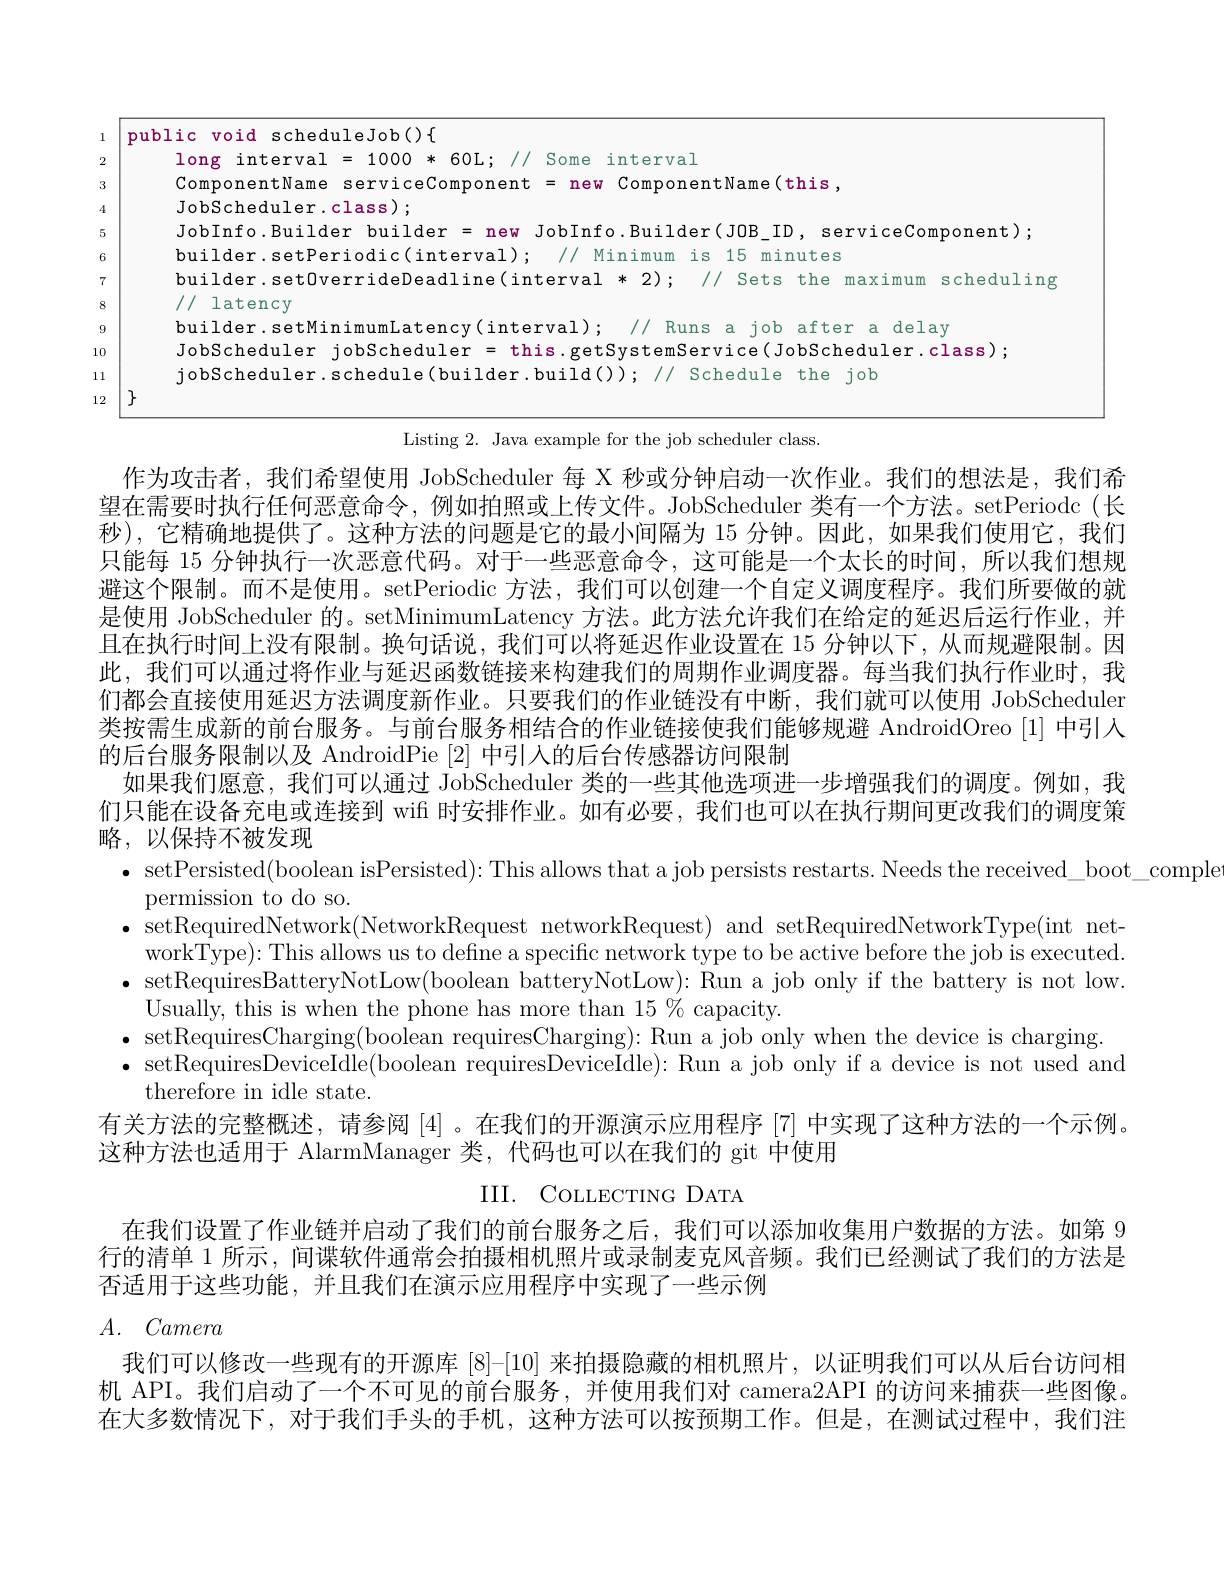
1

2

3

4

5

<table>
	<tbody>
		<tr>
			<td>pub</td>
			<td>void d scheduleJob() \{</td>
		</tr>
		<tr>
			<td> </td>
			<td>P interval = 1000 1 $60T$ Some $interva]$</td>
		</tr>
		<tr>
			<td> </td>
			<td>TAnentina new ComonentName(this</td>
		</tr>
		<tr>
			<td> </td>
			<td>$Scheduler.class);$</td>
		</tr>
		<tr>
			<td> </td>
			<td>Info.Builder - builder new $\frac{1}{2}$ JobInfo.Builder(JOBTD. service(omnonent)</td>
		</tr>
		<tr>
			<td> </td>
			<td>$1der$ dic(interval) Minim11m $1h$ minutes</td>
		</tr>
		<tr>
			<td> </td>
			<td> </td>
		</tr>
		<tr>
			<td> </td>
			<td>latency</td>
		</tr>
		<tr>
			<td> </td>
			<td>atter delat</td>
		</tr>
		<tr>
			<td> </td>
			<td>Scheduler ahschedmler cel lahsch .class)</td>
		</tr>
		<tr>
			<td> </td>
			<td>ild/1 chod11 c $\dot{7}0$</td>
		</tr>
		<tr>
			<td> </td>
			<td> </td>
		</tr>
	</tbody>
</table>

7

10

11

12

Listing 2. Java example for the job scheduler class.
作为攻击者，我们希望使用 JobScheduler 每 X 秒或分钟启动一次作业。我们的想法是，我们希望在需要时执行任何恶意命令，例如拍照或上传文件。JobScheduler 类有一个方法。setPeriodc(长秒),它精确地提供了。这种方法的问题是它的最小间隔为 15 分钟。因此，如果我们使用它，我们只能每 15 分钟执行一次恶意代码。对于一些恶意命令，这可能是一个太长的时间，所以我们想规避这个限制。而不是使用。setPeriodic 方法，我们可以创建一个自定义调度程序。我们所要做的就是使用 JobScheduler 的。setMinimumLatency 方法。此方法允许我们在给定的延迟后运行作业，并且在执行时间上没有限制。换句话说，我们可以将延迟作业设置在 15 分钟以下，从而规避限制。因此，我们可以通过将作业与延迟函数链接来构建我们的周期作业调度器。每当我们执行作业时，我们都会直接使用延迟方法调度新作业。只要我们的作业链没有中断，我们就可以使用 JobScheduler 类按需生成新的前台服务。与前台服务相结合的作业链接使我们能够规避 AndroidOreo [1]中引人的后台服务限制以及 AndroidPie [2]中引人的后台传感器访问限制
如果我们愿意，我们可以通过 JobScheduler 类的一些其他选项进一步增强我们的调度。例如，我们只能在设备充电或连接到 wif 时安排作业。如有必要，我们也可以在执行期间更改我们的调度策略，以保持不被发现
$\bullet$ setPersisted(boolean isPersisted):This allows that a job persists restarts. Needs the received\_boot\_comple
permission to do so.
$\bullet$ setRequiredNetwork(NetworkRequest networkRequest) and setRequiredNetworkType(int net-
workType): This allows us to define a specific network type to be active before the job is executed $\bullet$ setRequiresBatteryNotLow(boolean batteryNotLow): Run a job only if the battery is not low
Usually, this is when the phone has more than 15 % capacity.
$\bullet$ setRequiresCharging(boolean requiresCharging): Run a job only when the device is charging
$\bullet$ setRequiresDeviceIdle(boolean requiresDeviceIdle): Run a job only if a device is not used and
therefore in idle state.
有关方法的完整概述，请参阅[4]。在我们的开源演示应用程序[7]中实现了这种方法的一个示例。
这种方法也适用于 AlarmManager 类，代码也可以在我们的 git 中使用
III. COLLECTING DATA
在我们设置了作业链并启动了我们的前台服务之后，我们可以添加收集用户数据的方法。如第 9行的清单 1 所示 , 间谍软件通常会拍摄相机照片或录制麦克风音频。我们已经测试了我们的方法是否适用于这些功能，并且我们在演示应用程序中实现了一些示例
$A.$ Camera
我们可以修改一些现有的开源库$[8]^-[10]$来拍摄隐藏的相机照片，以证明我们可以从后台访问相机 API。我们启动了一个不可见的前台服务，并使用我们对 camera2API 的访问来捕获一些图像。在大多数情况下，对于我们手头的手机，这种方法可以按预期工作。但是，在测试过程中，我们注